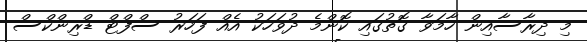
މި ދިރާސާއިން ހާމަވާ ގޮތުގައި ކޮންމެ ދުވަހަކު އެއް ފަހަރު ސްފްޓް ޑްރިންކްސް